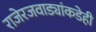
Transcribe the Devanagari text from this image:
राजेरजवाड्यांकडेही